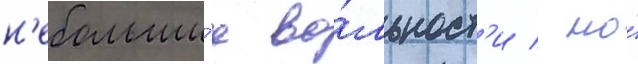
н'ебольши́е во́льност'и / но́